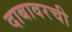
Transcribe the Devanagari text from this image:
दाबावरची